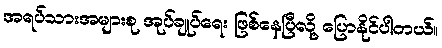
အရပ်သားအများစု အုပ်ချုပ်ရေး ဖြစ်နေပြီလို့ ပြောနိုင်ပါတယ်။